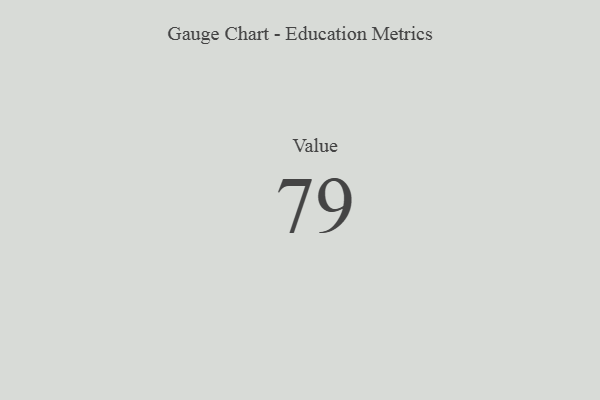
{"axis": {"x": "Metric", "y": "Value"}, "legend": [""], "data": [{"x": "Value", "y": 79, "type": ""}]}